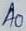
Text: A0